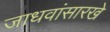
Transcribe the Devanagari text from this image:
जाधवांसारखे